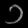
Digit: ၁